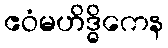
ဧဝံမဟိဒ္ဓိကေန